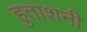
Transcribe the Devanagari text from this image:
हुताशनी